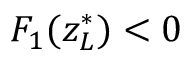
F _ { 1 } ( z _ { L } ^ { * } ) < 0